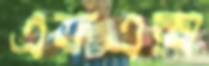
এফএক্স